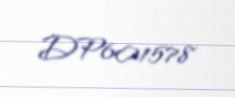
DP601578